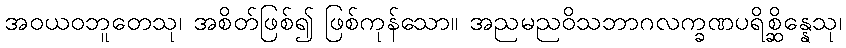
အဝယဝဘူတေသု၊ အစိတ်ဖြစ်၍ ဖြစ်ကုန်သော။ အညမညဝိသဘာဂလက္ခဏပရိစ္ဆိန္နေသု၊